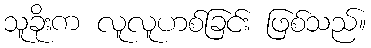
သူခိုးက လူလူဟစ်ခြင်း ဖြစ်သည်။